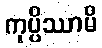
ကုပ္ပိဿာမိ